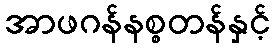
အာဖဂန်နစ္စတန်နှင့်